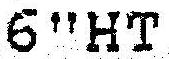
6"HT